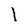
Character: l